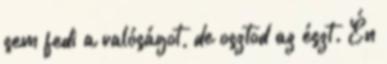
sem fedi a valóságot, de osztod az észt. Én